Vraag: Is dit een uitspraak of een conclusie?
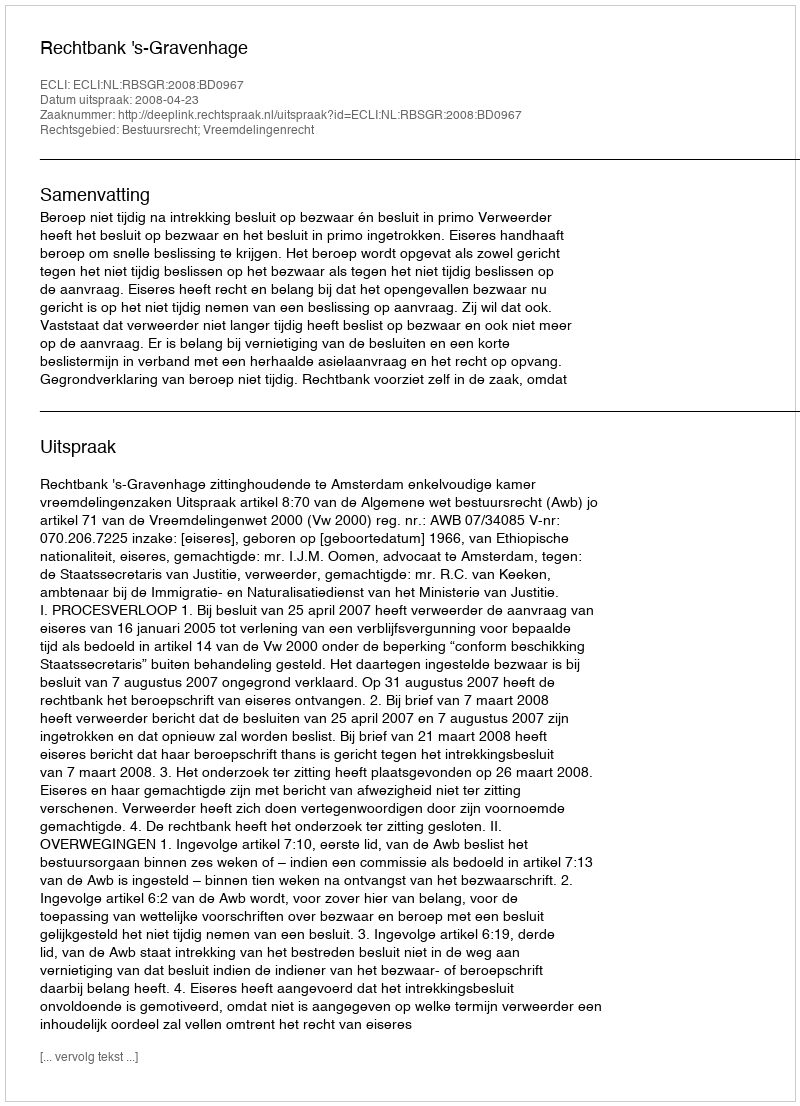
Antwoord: Uitspraak